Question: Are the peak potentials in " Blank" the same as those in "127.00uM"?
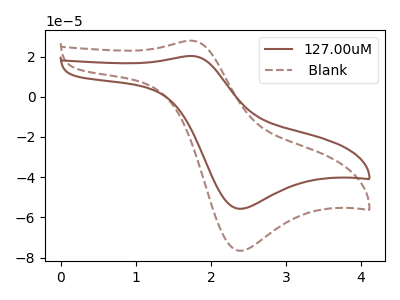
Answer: <think>The brown curve "127.00uM" has an anodic peak at (1.75V, 20.30uA) and a cathodic peak at (2.35V, -55.70uA). The brown dashed curve " Blank" has an anodic peak at (1.75V, 27.90uA) and a cathodic peak at (2.35V, -76.60uA).</think>
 <answer>Yes, " Blank" have a peak in "127.00uM" at the same potential.</answer>
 <eval>match</eval>